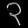
Digit: ၃